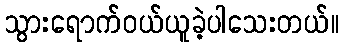
သွားရောက်ဝယ်ယူခဲ့ပါသေးတယ်။